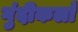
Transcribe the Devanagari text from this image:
गुंदीकलाँ